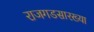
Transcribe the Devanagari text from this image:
राजगडसारख्या